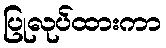
ပြုလုပ်ထားကာ